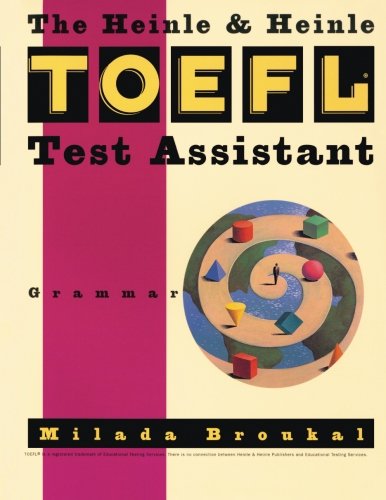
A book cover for Heinle & Heinle TOEFL Test Assistant: Grammar; Milada Broukal; Test Preparation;